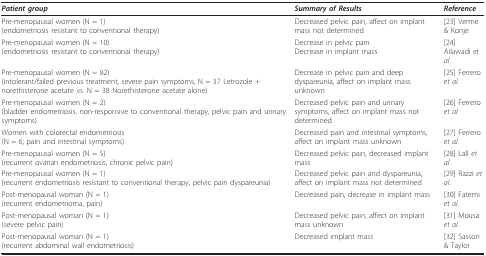
<table><thead><tr><td><b><i>Patient group</i></b></td><td><b><i>Summary of Results</i></b></td><td><b><i>Reference</i></b></td></tr></thead><tbody><tr><td>Pre-menopausal women (N = 1)(endometriosis resistant to conventional therapy)</td><td>Decreased pelvic pain, affect on implant mass not determined</td><td>[23] Verme &amp; Konje</td></tr><tr><td>Pre-menopausal women (N = 10)(endometriosis resistant to conventional therapy)</td><td>Decrease in pelvic painDecrease in implant mass</td><td>[24] Ailawadi <i>et al</i>.</td></tr><tr><td>Pre-menopausal women (N = 82)(intolerant/failed previous treatment, severe pain symptoms, N = 37 Letrozole + norethisterone acetate vs. N = 38 Norethisterone acetate alone)</td><td>Decrease in pelvic pain and deep dyspareunia, affect on implant mass unknown</td><td>[25] Ferrero <i>et al</i>.</td></tr><tr><td>Pre-menopausal women (N = 2)(bladder endometriosis, non-responsive to conventional therapy, pelvic pain and urinary symptoms)</td><td>Decreased pelvic pain and urinary symptoms, affect on implant mass not determined</td><td>[26] Ferrero <i>et al</i>.</td></tr><tr><td>Women with colorectal endometriosis(N = 6; pain and intestinal symptoms)</td><td>Decreased pain and intestinal symptoms, affect on implant mass unknown</td><td>[27] Ferrero <i>et al</i>.</td></tr><tr><td>Pre-menopausal women (N = 5)(recurrent ovarian endometriosis, chronic pelvic pain)</td><td>Decreased pelvic pain, decreased implant mass</td><td>[28] Lall <i>et al</i>.</td></tr><tr><td>Pre-menopausal women (N = 1)(recurrent endometriosis resistant to conventional therapy, pelvic pain dyspareunia)</td><td>Decreased pelvic pain and dyspareunia, affect on implant mass not determined</td><td>[29] Razzi <i>et al</i>.</td></tr><tr><td>Post-menopausal woman (N = 1)(recurrent endometrioma, pain)</td><td>Decreased pain, decrease in implant mass</td><td>[30] Fatemi <i>et al</i>.</td></tr><tr><td>Post-menopausal woman (N = 1)(severe pelvic pain)</td><td>Decreased pelvic pain, affect on implant mass unknown</td><td>[31] Mousa <i>et al</i>.</td></tr><tr><td>Post-menopausal woman (N = 1)(recurrent abdominal wall endometriosis)</td><td>Decreased implant mass</td><td>[32] Sasson &amp; Taylor</td></tr></tbody></table>